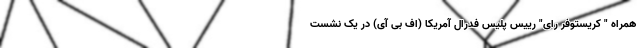
همراه " کریستوفر رای" رییس پلیس فدرال آمریکا (اف بی آی) در یک نشست